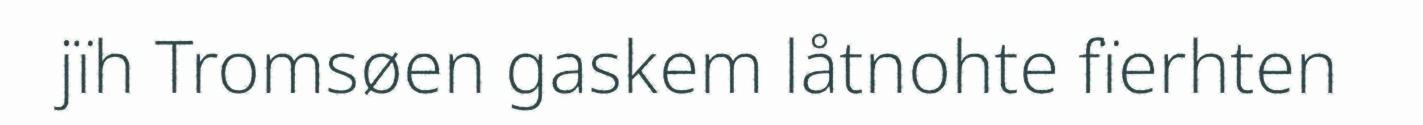
jïh Tromsøen gaskem låtnohte fïerhten